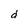
Character: d